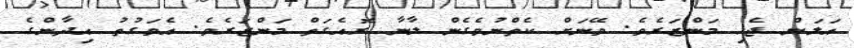
އަލަން ޖެހި މަންޒަރެވެ. ވޭނަށް ކެތްނުވެގެން ލާނާ ރޮއެގަތް މަންޒަރެވެ. އެވަގުތު އިދާންގެ